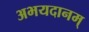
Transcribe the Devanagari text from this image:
अभयदानम्